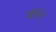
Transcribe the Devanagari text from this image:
झंडे।